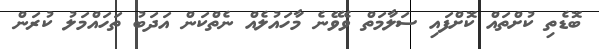
ބޮޑެތި ކުށްތައް ކޮށްފައި ސަލާމަތް ވެވޭނެ މާހައުލެއް ނެތްކަން އަދަބު ތަހައްމަލު ކުރަން